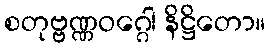
စတုဗ္ဗဏ္ဏဝဂ္ဂေါ နိဋ္ဌိတော။